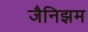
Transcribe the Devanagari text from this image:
जैनिझम